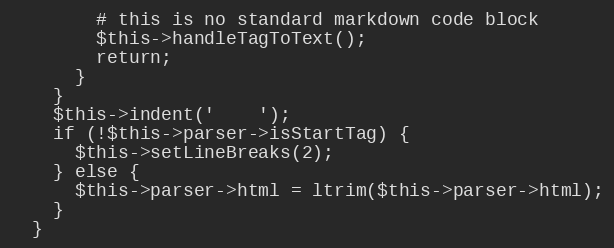
Language: PHP
        # this is no standard markdown code block
        $this->handleTagToText();
        return;
      }
    }
    $this->indent('    ');
    if (!$this->parser->isStartTag) {
      $this->setLineBreaks(2);
    } else {
      $this->parser->html = ltrim($this->parser->html);
    }
  }